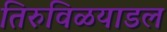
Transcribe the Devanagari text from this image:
तिरुविळयाडल